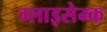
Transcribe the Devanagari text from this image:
ग्लाइसेम्क